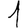
Digit: 1